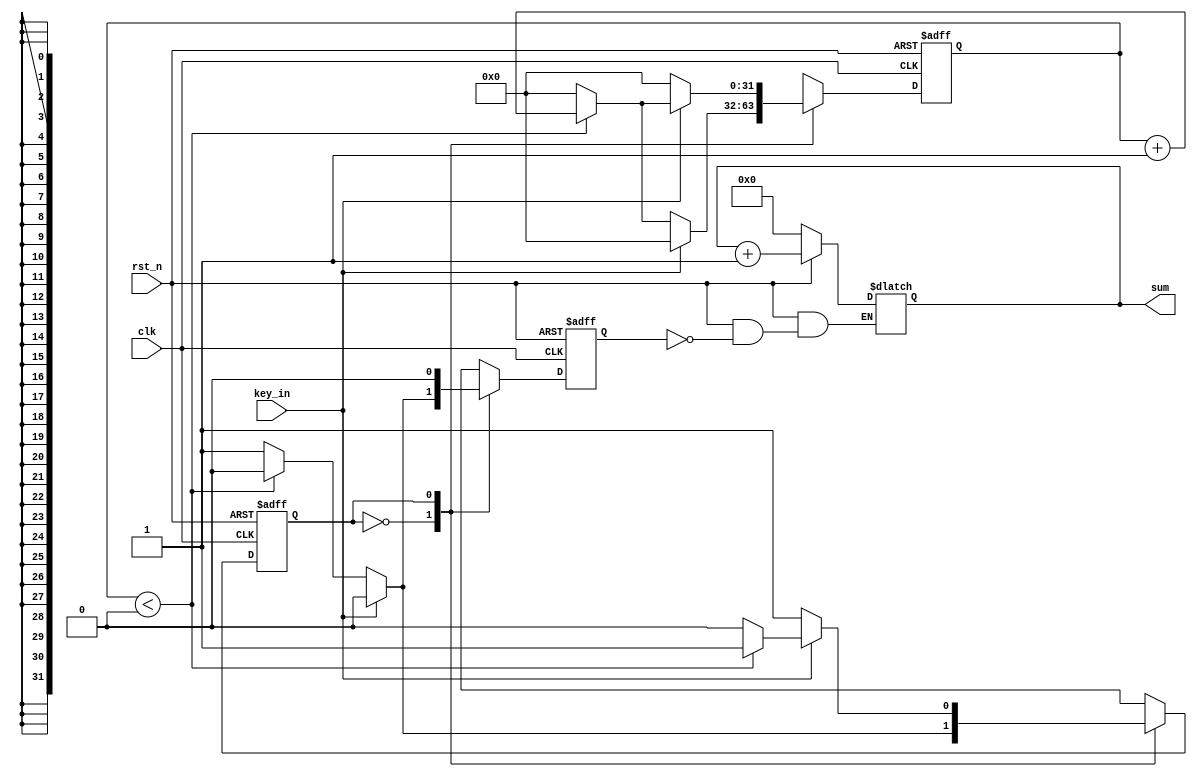
module pulse_8bit(clk, rst_n, key_in, sum);

	input clk;				//50MHZ
	input rst_n;			//
	input key_in;			//

	output reg [7:0] sum;		//
	
	reg state;				//
	reg [31:0] count;		//20ms
	reg flag;				//
	
	// parameter cnt_num = 50_000_000 / 50 - 1;  //20ms    50Hz
	// parameter cnt_num = 50_000_000 / 25 - 1;  //40ms     25Hz
	// parameter cnt_num = 50_000_000 / 10 - 1;  //100ms     10Hz
	// parameter cnt_num = 50_000_000 / 10000 - 1;  //0.1ms     1 0000Hz
	parameter cnt_num = 0;
	
	always @ (posedge clk or negedge rst_n)
	begin
		if(!rst_n)      //reg
			begin
				state <= 0;
				count <= 32'd0;
				flag <= 0;
			end	
		else	
			begin
				case(state)		//01
					0	:	begin
								if(!key_in)
									begin
										if(count < cnt_num)
											begin
												count <= count + 1;
												flag <= 0;
												state <= 0;
											end
										else
											begin
												count <= 0;
												flag <= 1;
												state <= 1;
											end
									end
								else
									begin
										state <= 0;
										count <= 25'd0;
										flag <= 0;
									end
							end
							
					1	:	begin
								flag <= 0;
								if(key_in)
									begin
										if(count < cnt_num)
											begin
												count <= count + 1;
												state <= 1;
												flag <= 0;
											end	
										else
											begin
												count <= 0;
												flag <= 0;
												state <= 0;
											end
									end
								else
									begin
										count <= 0;
										flag <= 0;
										state <= 1;
									end
							end
						default	:	state <= 0;
				endcase
			end
	end
	
	//
	always @ (*)
	begin
		if(!rst_n)
			sum = 8'd0;
		else
			if(flag)
				sum = sum + 1;
			else
				sum = sum;
	end

endmodule 



// module pulse_8bit(clk, rst_n, key_in, sum);

// 	input clk;				//50MHZ
// 	input rst_n;			//
// 	input key_in;			//

// 	output reg [7:0] sum;		//
	
// 	reg state;				//
// 	reg [31:0] count;		//20ms
// 	reg flag;				//
	
// 	// parameter cnt_num = 50_000_000 / 50 - 1;  //20ms    50Hz
// 	// parameter cnt_num = 50_000_000 / 25 - 1;  //40ms     25Hz
// 	// parameter cnt_num = 50_000_000 / 10 - 1;  //100ms     10Hz
// 	// parameter cnt_num = 50_000_000 / 10000 - 1;  //0.1ms     1 0000Hz
// 	parameter cnt_num = 1;
	
// 	always @ (posedge clk or negedge rst_n)
// 	begin
// 		if(!rst_n)      //reg
// 			begin
// 				state <= 0;
// 				count <= 32'd0;
// 				flag <= 0;
// 			end	
// 		else	
// 			begin
// 				case(state)		//01
// 					0	:	begin
// 								if(!key_in)
// 									begin
// 										if(count < cnt_num)
// 											begin
// 												count <= count + 1;
// 												flag <= 0;
// 												state <= 0;
// 											end
// 										else
// 											begin
// 												count <= 0;
// 												flag <= 1;
// 												state <= 1;
// 											end
// 									end
// 								else
// 									begin
// 										state <= 0;
// 										count <= 25'd0;
// 										flag <= 0;
// 									end
// 							end
							
// 					1	:	begin
// 								flag <= 0;
// 								if(key_in)
// 									begin
// 										if(count < cnt_num)
// 											begin
// 												count <= count + 1;
// 												state <= 1;
// 												flag <= 0;
// 											end	
// 										else
// 											begin
// 												count <= 0;
// 												flag <= 0;
// 												state <= 0;
// 											end
// 									end
// 								else
// 									begin
// 										count <= 0;
// 										flag <= 0;
// 										state <= 1;
// 									end
// 							end
// 						default	:	state <= 0;
// 				endcase
// 			end
// 	end
	
// 	//
// 	always @ (*)
// 	begin
// 		if(!rst_n)
// 			sum = 8'd0;
// 		else
// 			if(flag)
// 				sum = sum + 1;
// 			else
// 				sum = sum;
// 	end

// endmodule